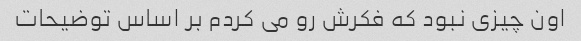
اون چیزی نبود که فکرش رو می کردم بر اساس توضیحات